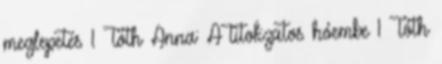
meglepetés 1 Tóth Anna: A titokzatos hóembe 1 Tóth